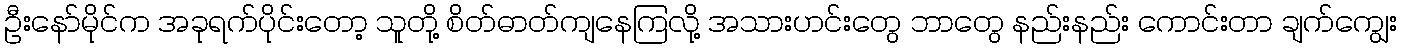
ဦးနော်မိုင်က အခုရက်ပိုင်းတော့ သူတို့ စိတ်ဓာတ်ကျနေကြလို့ အသားဟင်းတွေ ဘာတွေ နည်းနည်း ကောင်းတာ ချက်ကျွေး